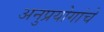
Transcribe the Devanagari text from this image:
अनुप्रयोगांचे